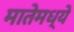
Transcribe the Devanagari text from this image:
मातेमध्ये